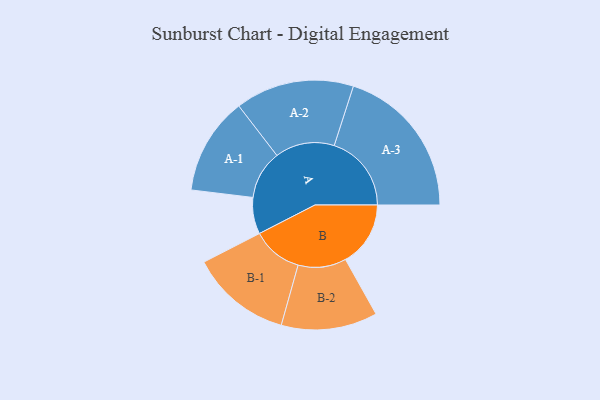
{"axis": {"x": "Segment", "y": "Value"}, "legend": ["", "A", "B"], "data": [{"x": "A", "y": 123, "type": ""}, {"x": "B", "y": 219, "type": ""}, {"x": "A-1", "y": 164, "type": "A"}, {"x": "A-2", "y": 200, "type": "A"}, {"x": "A-3", "y": 260, "type": "A"}, {"x": "B-1", "y": 170, "type": "B"}, {"x": "B-2", "y": 162, "type": "B"}]}